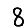
Digit: 8